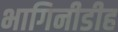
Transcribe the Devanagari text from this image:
भागिनीडीह